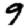
Digit: 9